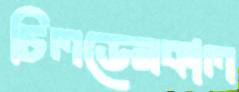
চিলডেনকাল